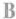
B